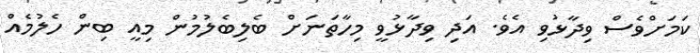
ކަމަށްވެސް ވިދާޅުވި އެވެ. އަދި ވިދާޅުވީ މިހާތަނަށް ބެލިބެލުމުން މިއީ ބިން ހެލުމެއް